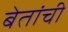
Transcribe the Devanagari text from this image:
बेतांची